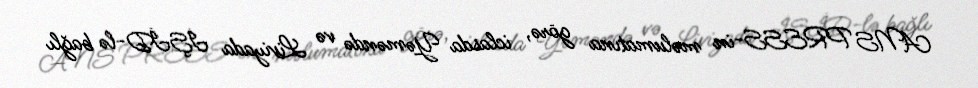
ANS PRESS-in məlumatına görə, iclasda Yəməndə və Liviyada İŞİD-lə bağlı